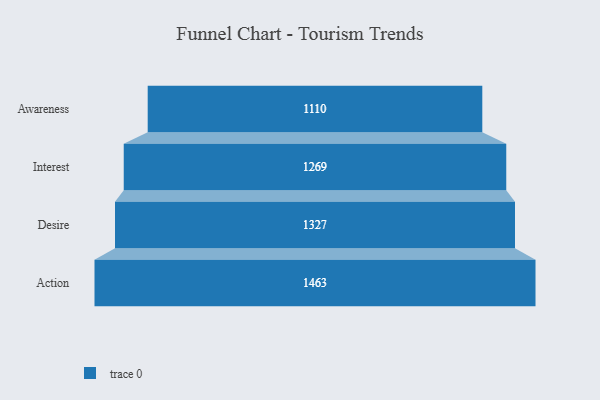
{"axis": {"x": "Stage", "y": "Value"}, "legend": [""], "data": [{"x": "Awareness", "y": 1110.0, "type": ""}, {"x": "Interest", "y": 1269.0, "type": ""}, {"x": "Desire", "y": 1327.0, "type": ""}, {"x": "Action", "y": 1463.0, "type": ""}]}